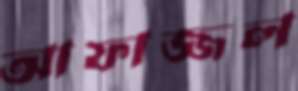
আফাজ্জল